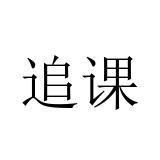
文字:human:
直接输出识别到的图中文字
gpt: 追课